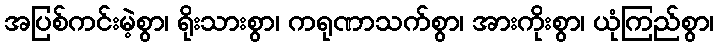
အပြစ်ကင်းမဲ့စွာ၊ ရိုးသားစွာ၊ ကရုဏာသက်စွာ၊ အားကိုးစွာ၊ ယုံကြည်စွာ၊